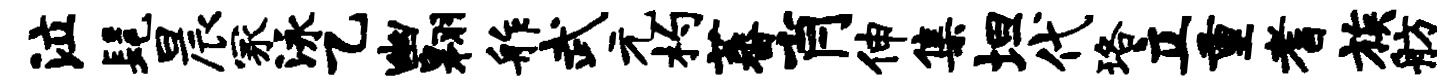
泣髦晨冢泳乙幽翱舴武元杓蕃肖伸集坦代珞立重耆族舫